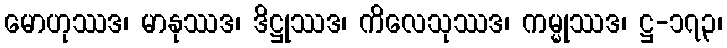
မောဟုဿဒ၊ မာနုဿဒ၊ ဒိဋ္ဌုဿဒ၊ ကိလေသုဿဒ၊ ကမ္မုဿဒ၊ ဋ္ဌ-၁၇၃၊